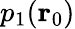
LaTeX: p_{1}(\textbf{r}_{0})